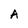
Character: A